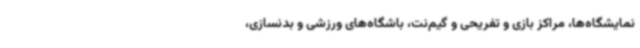
نمایشگاه‌ها، مراکز بازی و تفریحی و گیم‌نت، باشگاه‌های ورزشی و بدنسازی،